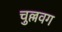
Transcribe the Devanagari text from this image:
चुल्लवग